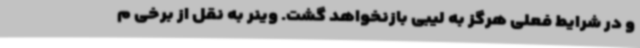
و در شرایط فعلی هرگز به لیبی بازنخواهد گشت. وینر به نقل از برخی م